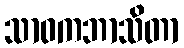
သာဝကဘာသိတာ